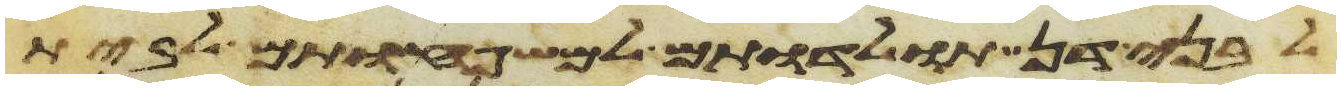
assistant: לבני דן תולדתם למשפחותם לבית